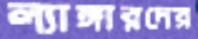
ল্যাঙ্গারদের